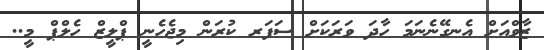
ޒާވްއަށް އެނގޭނެނަމަ ހާދަ ވަރަކަށް ސަފަރ ކުރަން މިޖެހެނީ ޕްލީޒް ހެލްޕް މީ..